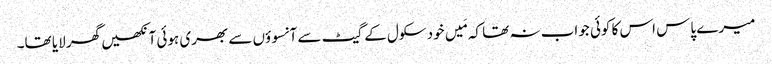
میرے پاس اس کا کوئی جواب نہ تھا کہ مَیں خود سکول کے گیٹ سے آنسوؤں سے بھری ہوئی آنکھیں گھر لایا تھا۔